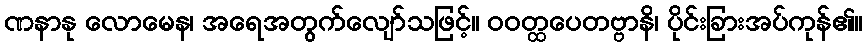
ဏနာနု လောမေန၊ အရေအတွက်လျော်သဖြင့်။ ဝဝတ္ထပေတဗ္ဗာနိ၊ ပိုင်းခြားအပ်ကုန်၏။